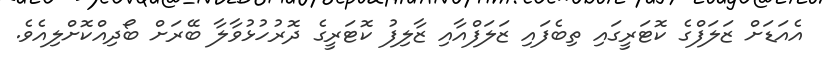
އެއަޑަށް ޒަލަފްގެ ކޮޓަރީގައި ތިބެފައި ޒަލަފްއާއި ޒާލިފު ކޮޓަރީގެ ދޮރުހުޅުވާލާ ބޭރަށް ބޯދިއްކޮށްލިއެވެ.